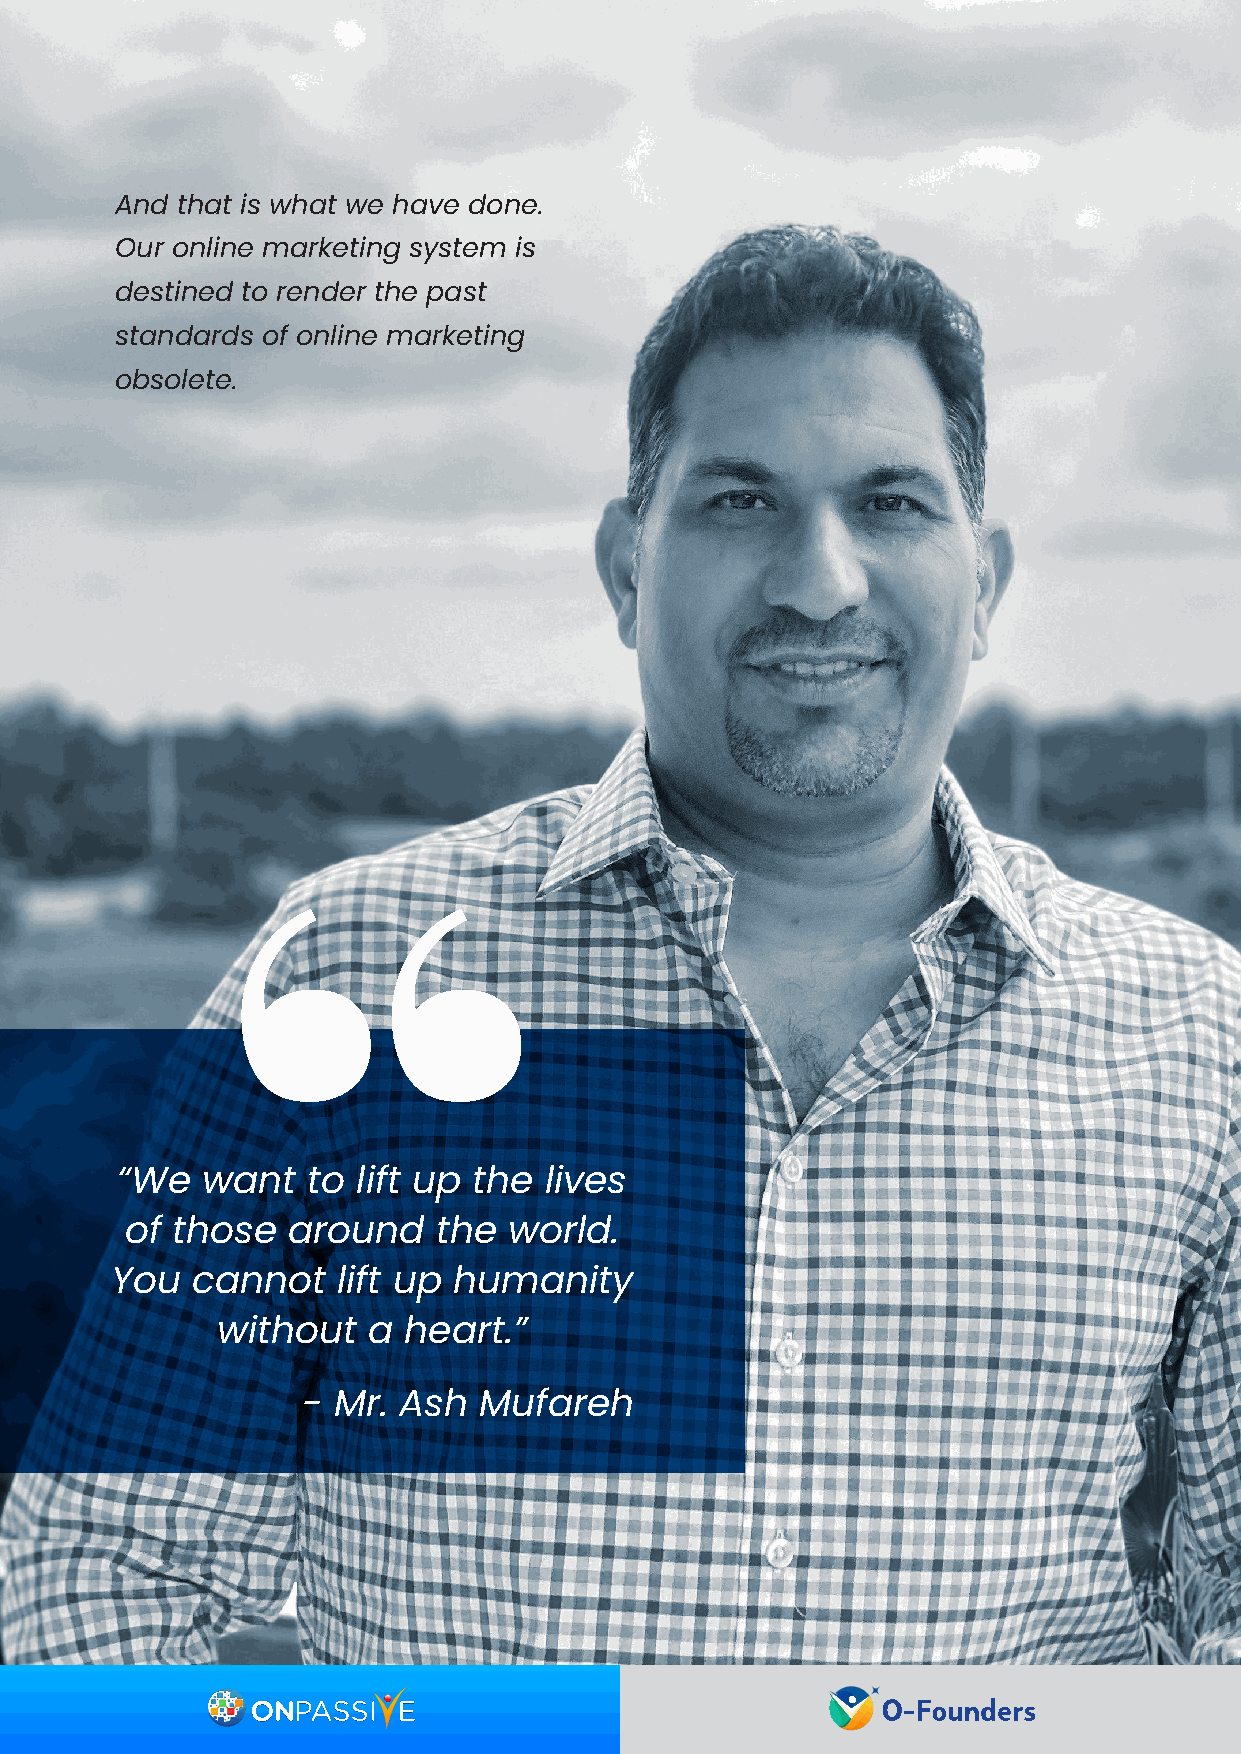
And that is what we have done.
 Our online marketing system is
 destined to render the past
 standards of online marketing
 obsolete.
 “We  want   to  lift up the lives
 of those   around    the  world.
 You   cannot   lift up humanity
 without   a  heart.”
 - Mr. Ash   Mufareh